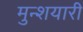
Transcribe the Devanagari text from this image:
मुन्शयारी